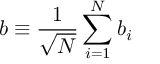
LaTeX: b \equiv \frac { 1 } { \sqrt N } \sum _ { i = 1 } ^ { N } b _ { i }